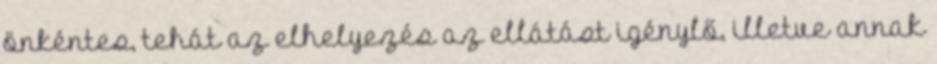
önkéntes, tehát az elhelyezés az ellátást igénylő, illetve annak